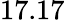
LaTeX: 17.17